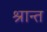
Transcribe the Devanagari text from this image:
श्रान्त